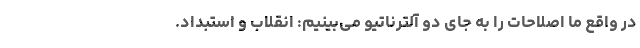
در واقع ما اصلاحات را به جای دو آلترناتیو می‌بینیم: انقلاب و استبداد.